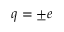
q = \pm e